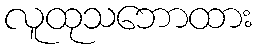
လူထုသဘောထား